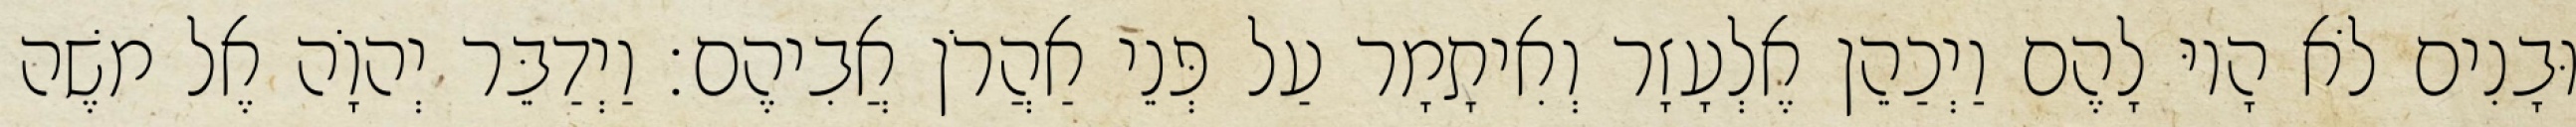
וּבָנִים לֹא הָיוּ לָהֶם וַיְכַהֵן אֶלְעָזָר וְאִיתָמָר עַל פְּנֵי אַהֲרֹן אֲבִיהֶם׃ וַיְדַבֵּר יְהוָֹה אֶל משֶׁה